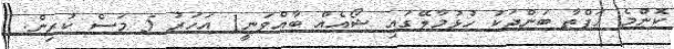
ކޮންމެ ހަފްތާ ބަންދަކު ހުޅުމާލޭގައި ޝޯއެއް ބާއްވަނީ1 އަހަރު 5 މަސް ކުރިން.